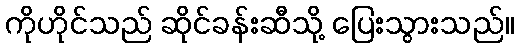
ကိုဟိုင်သည် ဆိုင်ခန်းဆီသို့ ပြေးသွားသည်။